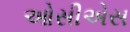
ઓસીએસ